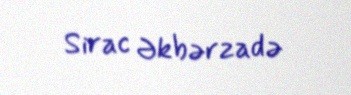
Sirac Əkbərzadə